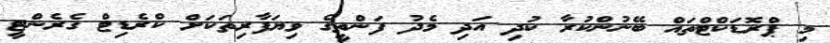
މި ޕްރޮޑަކްޓްތައް ބޭނުންކުރާ ކުދި އަދި މެދު ފަންތީގެ ވިޔަފާރިތަކަށް ކްރެޑިޓް ގެރެންޓީ